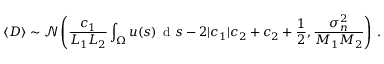
\langle \boldsymbol { D } \rangle \sim \mathcal { N } \left( \frac { c _ { 1 } } { L _ { 1 } L _ { 2 } } \int _ { \Omega } u ( \boldsymbol { s } ) \, \textrm { d } \boldsymbol { s } - 2 | c _ { 1 } | c _ { 2 } + c _ { 2 } + \frac { 1 } { 2 } , \frac { \sigma _ { n } ^ { 2 } } { M _ { 1 } M _ { 2 } } \right) \, .